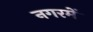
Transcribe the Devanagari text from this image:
नगरमें